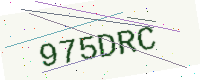
Text: 975DRC